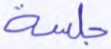
جلسة